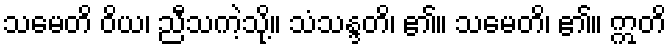
သမေတိ ဝိယ၊ ညီသကဲ့သို့။ သံသန္ဒတိ၊ ၏။ သမေတိ၊ ၏။ ဣတိ